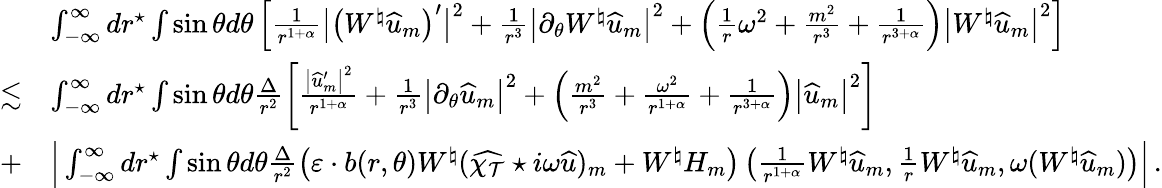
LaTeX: \begin{array}{rl}&{\int_{-\infty}^{\infty}dr^{\star}\int\sin\theta d\theta\left[\frac{1}{r^{1+\alpha}}\big|\left(W^{\natural}\widehat{u}_{m}\right)^{\prime}\big|^{2}+\frac{1}{r^{3}}\big|\partial_{\theta}W^{\natural}\widehat{u}_{m}\big|^{2}+\left(\frac{1}{r}\omega^{2}+\frac{m^{2}}{r^{3}}+\frac{1}{r^{3+\alpha}}\right)\big|W^{\natural}\widehat{u}_{m}\big|^{2}\right]}\\ {\lesssim}&{\int_{-\infty}^{\infty}dr^{\star}\int\sin\theta d\theta\frac{\Delta}{r^{2}}\left[\frac{\big|\widehat{u}_{m}^{\prime}\big|^{2}}{r^{1+\alpha}}+\frac{1}{r^{3}}\big|\partial_{\theta}\widehat{u}_{m}\big|^{2}+\left(\frac{m^{2}}{r^{3}}+\frac{\omega^{2}}{r^{1+\alpha}}+\frac{1}{r^{3+\alpha}}\right)\big|\widehat{u}_{m}\big|^{2}\right]}\\ {+}&{\Big|\int_{-\infty}^{\infty}dr^{\star}\int\sin\theta d\theta\frac{\Delta}{r^{2}}\left(\varepsilon\cdot b(r,\theta)W^{\natural}(\widehat{\chi_{\mathcal{T}}}\star i\omega\widehat{u})_{m}+W^{\natural}H_{m}\right)\left(\frac{1}{r^{1+\alpha}}W^{\natural}\widehat{u}_{m},\frac{1}{r}W^{\natural}\widehat{u}_{m},\omega(W^{\natural}\widehat{u}_{m})\right)\Big|\, .}\end{array}